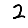
Digit: 2